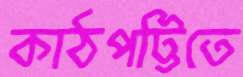
কাঠপট্টিতে